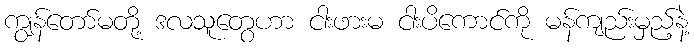
ကျွန်တော်မတို့ ဒလသူတွေဟာ ငါးဖားမ ငါးပိကောင်ကို မန်ကျည်းမှည့်နဲ့